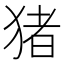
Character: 猪